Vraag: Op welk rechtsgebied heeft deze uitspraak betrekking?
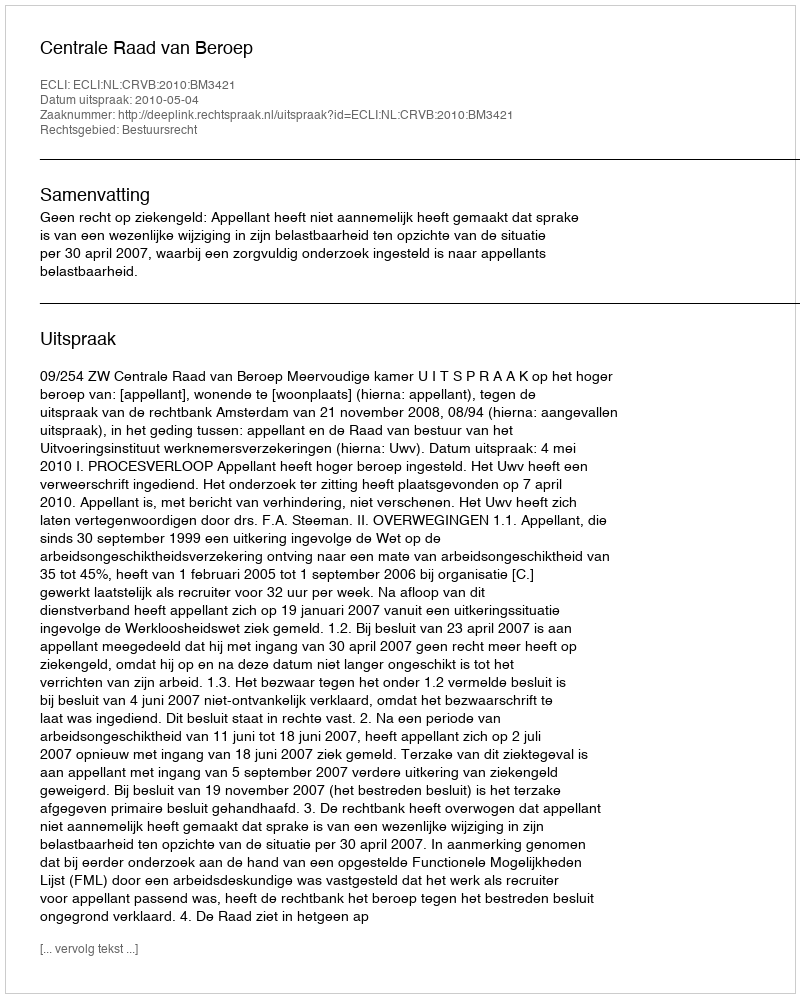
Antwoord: Bestuursrecht